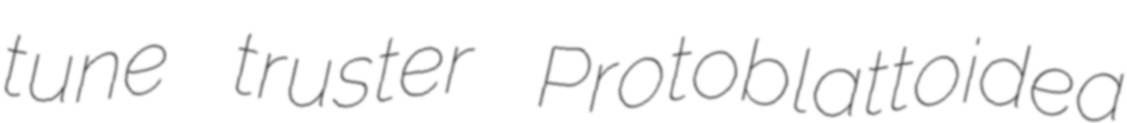
tune truster Protoblattoidea